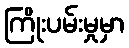
ကြိုးပမ်းမှုမှာ